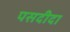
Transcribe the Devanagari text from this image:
पसदीदा